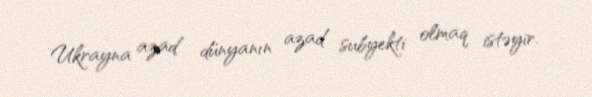
Ukrayna azad dünyanın azad subyekti olmaq istəyir.